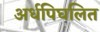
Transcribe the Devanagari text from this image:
अर्धपिघलित